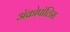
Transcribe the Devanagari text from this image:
ॲक्रोपॉलिस